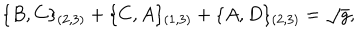
LaTeX: \{ B , C \} _ { ( 2 , 3 ) } + \{ C , A \} _ { ( 1 , 3 ) } + \{ A , D \} _ { ( 2 , 3 ) } = \sqrt { g } ,